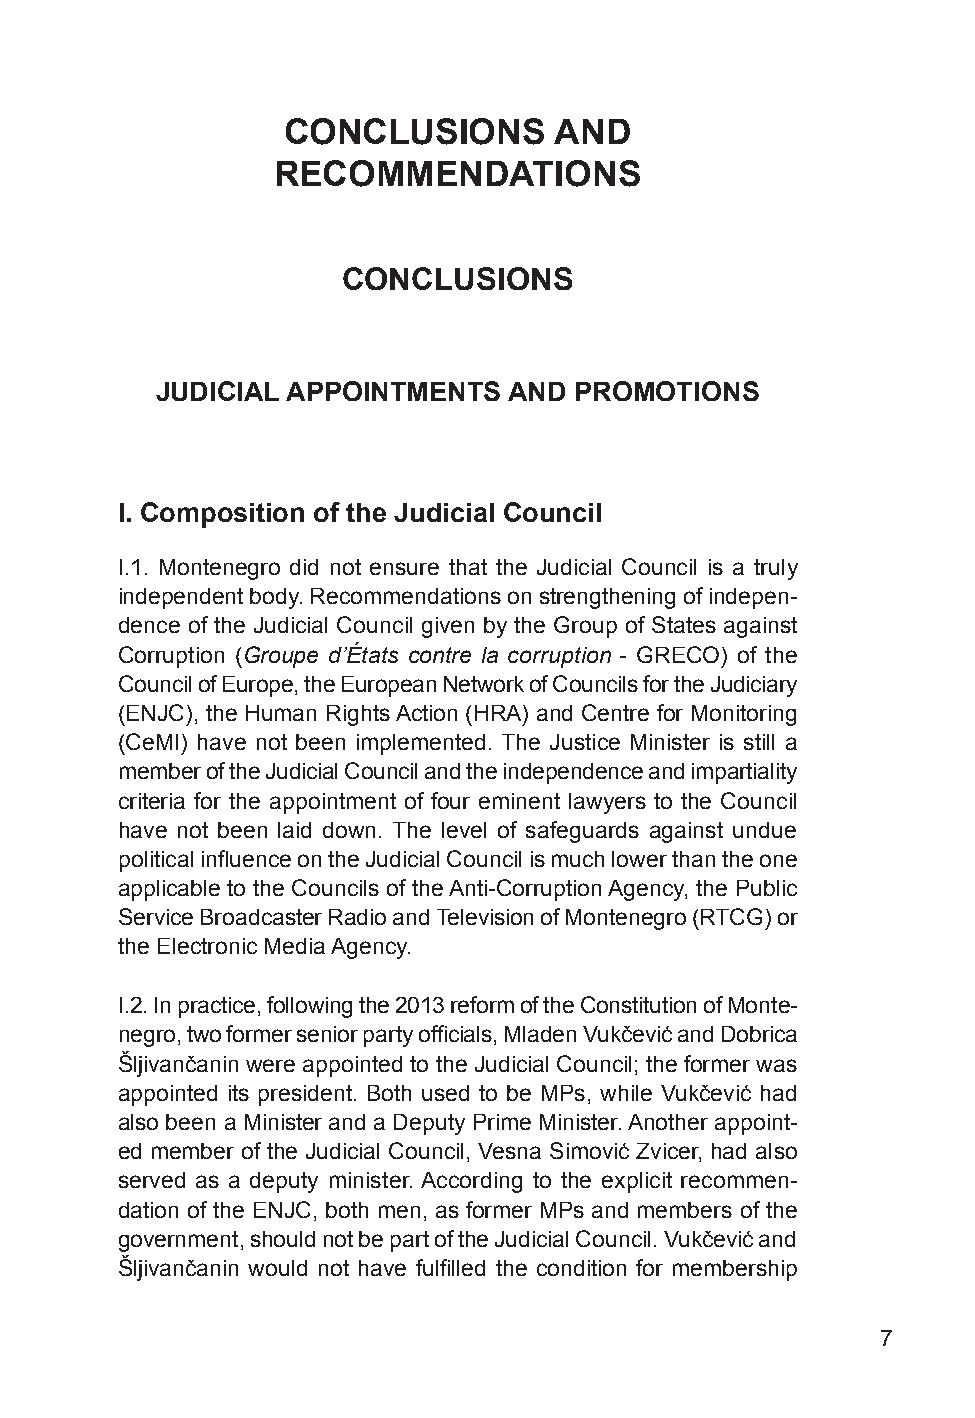
CONCLUSIONS       AND
 RECOMMENDATIONS
 CONCLUSIONS
 JUDICIAL APPOINTMENTS   AND PROMOTIONS
 I. Composition of the Judicial Council
 I.1. Montenegro did not ensure that the Judicial Council is a truly
 independent body. Recommendations on strengthening of indepen-
 dence of the Judicial Council given by the Group of States against
 Corruption (Groupe d’États contre la corruption - GRECO) of the
 Council of Europe, the European Network of Councils for the Judiciary
 (ENJC), the Human Rights Action (HRA) and Centre for Monitoring
 (CeMI) have not been implemented. The Justice Minister is still a
 member of the Judicial Council and the independence and impartiality
 criteria for the appointment of four eminent lawyers to the Council
 have not been laid down. The level of safeguards against undue
 political influence on the Judicial Council is much lower than the one
 applicable to the Councils of the Anti-Corruption Agency, the Public
 Service Broadcaster Radio and Television of Montenegro (RTCG) or
 the Electronic Media Agency.
 I.2. In practice, following the 2013 reform of the Constitution of Monte-
 negro, two former senior party officials, Mladen Vukčević and Dobrica
 Šljivančanin were appointed to the Judicial Council; the former was
 appointed its president. Both used to be MPs, while Vukčević had
 also been a Minister and a Deputy Prime Minister. Another appoint-
 ed member of the Judicial Council, Vesna Simović Zvicer, had also
 served as a deputy minister. According to the explicit recommen-
 dation of the ENJC, both men, as former MPs and members of the
 government, should not be part of the Judicial Council. Vukčević and
 Šljivančanin would not have fulfilled the condition for membership
 7